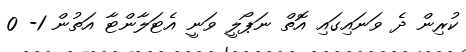
ކުރިން ދެ ވަނައިގައި އޮތް ނަޕޯލީ ވަނީ އެޓަލާންޓާ އަތުން 1- 0